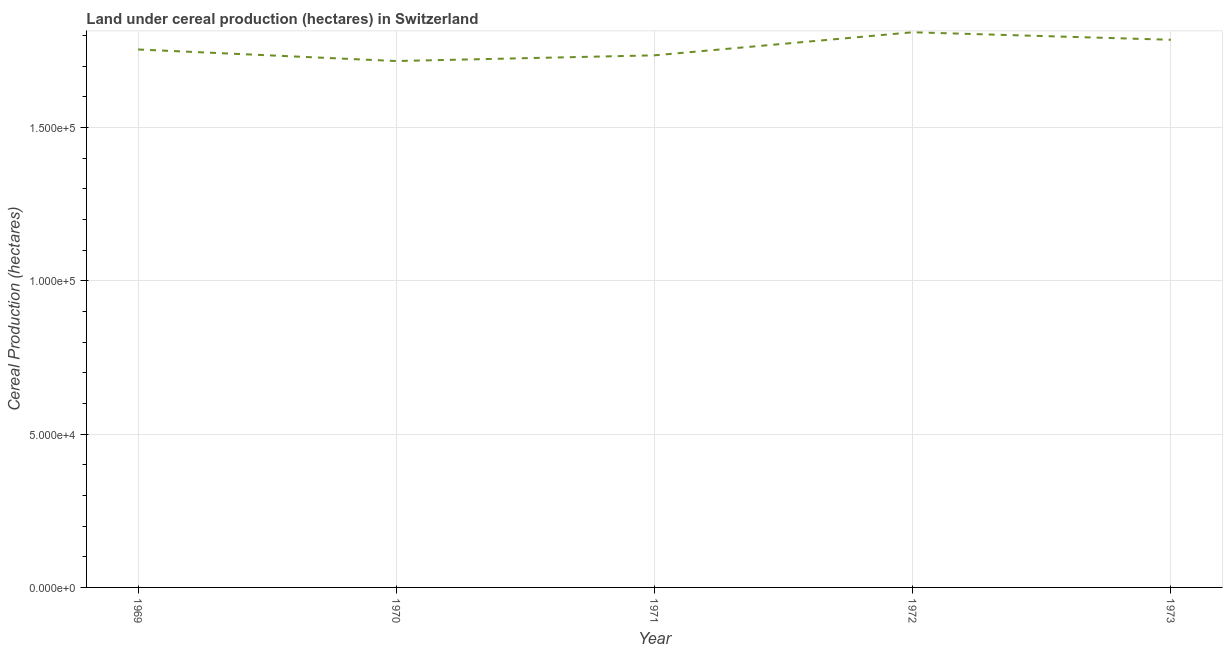
| Year | Land under cereal production (hectares) |
 | --- | --- |
 | 1969 | 1.75e+05 |
 | 1970 | 1.72e+05 |
 | 1971 | 1.73e+05 |
 | 1972 | 1.81e+05 |
 | 1973 | 1.79e+05 |